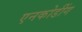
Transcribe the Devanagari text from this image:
एनकोडींग